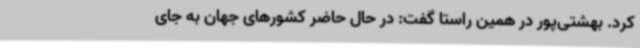
کرد. بهشتی‌پور در همین راستا گفت: در حال حاضر کشورهای جهان به جای